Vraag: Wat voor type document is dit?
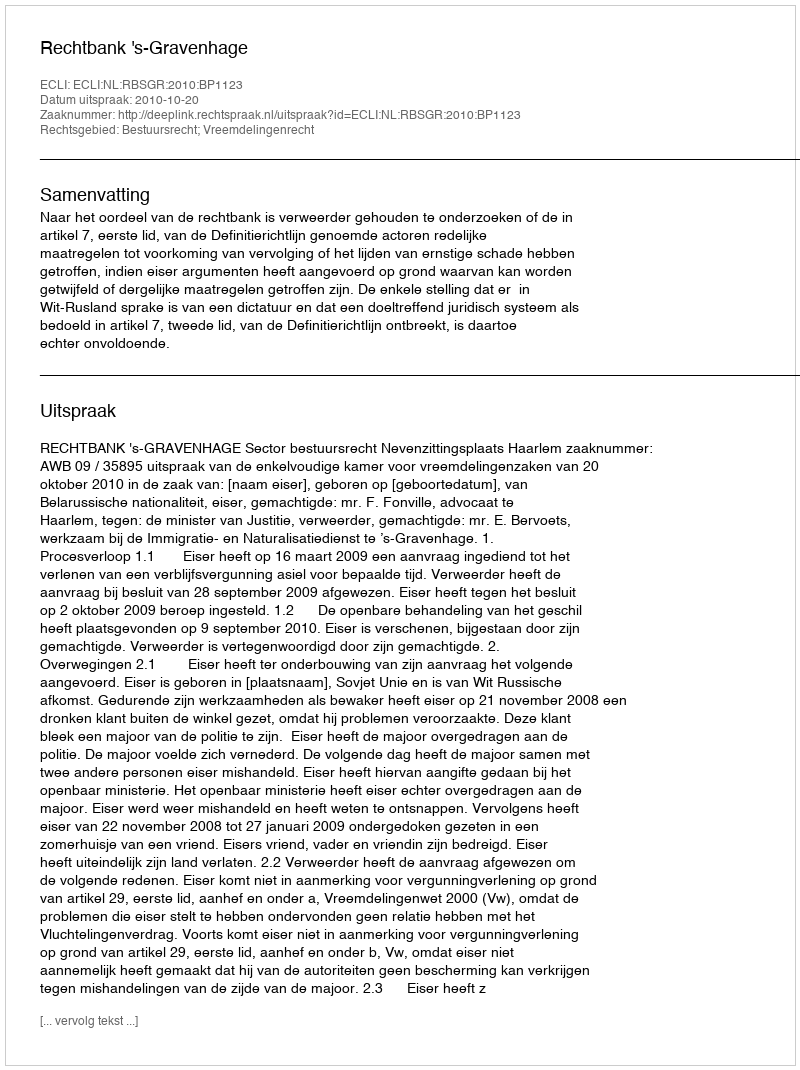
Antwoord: Uitspraak